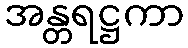
အန္တရဋ္ဌကာ